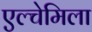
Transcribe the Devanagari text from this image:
एल्चेमिला